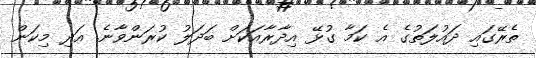
ތެރޭގައި ދައުލަތުގެ އެ ކަމާ ގުޅޭ އިދާރާއަކަށް ބަދަލު ކުރަންވާނެ. އަދި މިކަން